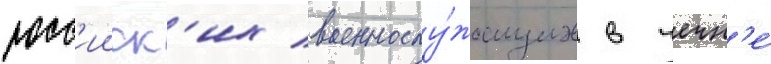
росс'ииск'их военнослу́жащих в чечн'е́